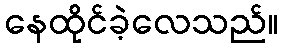
နေထိုင်ခဲ့လေသည်။